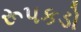
રૂપકડો